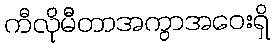
ကီလိုမီတာအကွာအဝေးရှိ